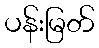
ပန်းမြတ်